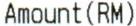
AMOUNT(RM)